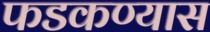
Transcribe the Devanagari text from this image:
फडकण्यास